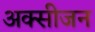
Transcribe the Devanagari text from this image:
अक्‍सीजन